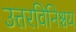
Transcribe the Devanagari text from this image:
उत्तरविनिश्चय